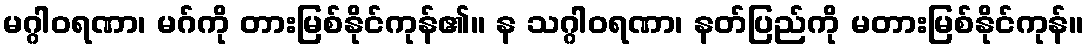
မဂ္ဂါဝရဏာ၊ မဂ်ကို တားမြစ်နိုင်ကုန်၏။ န သဂ္ဂါဝရဏာ၊ နတ်ပြည်ကို မတားမြစ်နိုင်ကုန်။